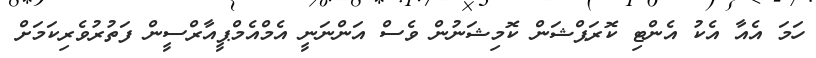
ހަމަ އެއާ އެކު އެންޓި ކޮރަޕްޝަން ކޮމިޝަނުން ވެސް އަންނަނީ އެމްއެމްޕީއާރްސީން ފަތުރުވެރިކަމަށް